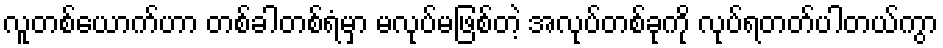
လူတစ်ယောက်ဟာ တစ်ခါတစ်ရံမှာ မလုပ်မဖြစ်တဲ့ အလုပ်တစ်ခုကို လုပ်ရတတ်ပါတယ်ကွာ